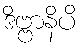
ဒိဗ္ဗာနိပိ